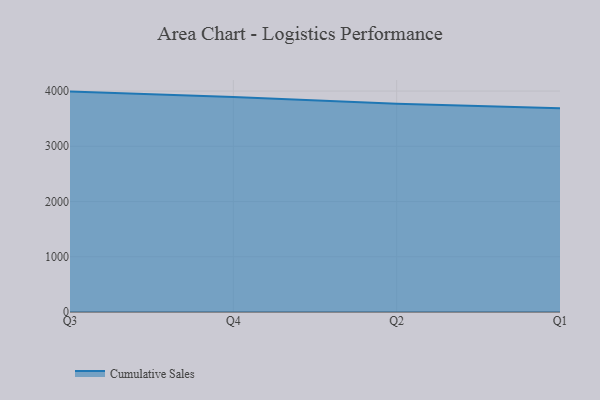
{"axis": {"x": "Quarter", "y": "Page Views"}, "legend": ["Cumulative Sales"], "data": [{"x": "Q3", "y": 3990.1, "type": "Cumulative Sales"}, {"x": "Q4", "y": 3891.8, "type": "Cumulative Sales"}, {"x": "Q2", "y": 3768.9, "type": "Cumulative Sales"}, {"x": "Q1", "y": 3686.8, "type": "Cumulative Sales"}]}